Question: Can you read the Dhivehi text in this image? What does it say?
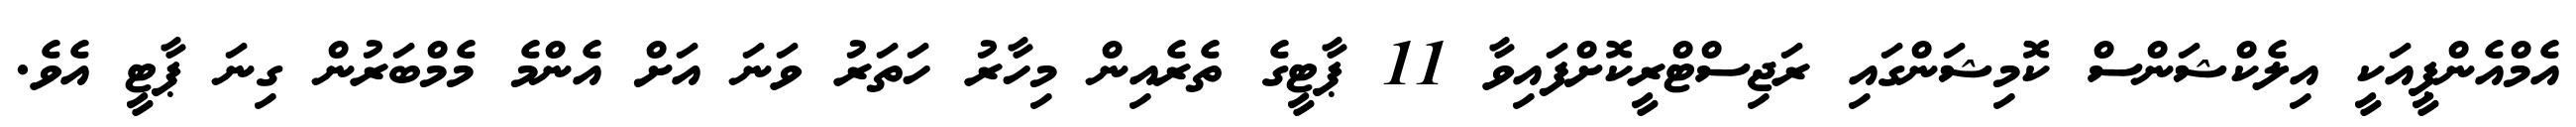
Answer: އެމްއެންޕީއަކީ އިލެކްޝަންސް ކޮމިޝަންގައި ރަޖިސްޓްރީކޮށްފައިވާ 11 ޕާޓީގެ ތެރެއިން މިހާރު ހަތަރު ވަނަ އަށް އެންމެ މެމްބަރުން ގިނަ ޕާޓީ އެވެ.